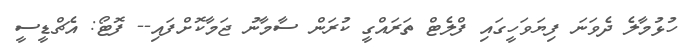
ހުޅުމާލެ ދެވަނަ ފިޔަވަހީގައި ފްލެޓް ތަރައްގީ ކުރަން ސާމާނު ޖަމާކޮށްފައި-- ފޮޓޯ: އެޗްޑީސީ